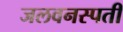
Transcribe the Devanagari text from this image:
जलवनस्पती